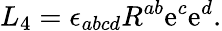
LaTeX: L_{4}=\epsilon_{abcd}R^{ab}\mathrm{e}^{c}\mathrm{e}^{d}.